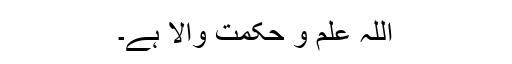
اللہ علم و حکمت والا ہے۔